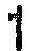
1